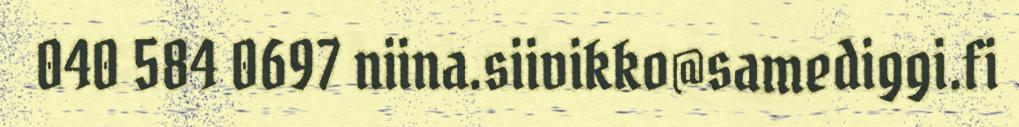
040 584 0697 niina.siivikko@samediggi.fi